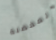
المفضلة